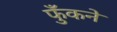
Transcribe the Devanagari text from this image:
फुँकने